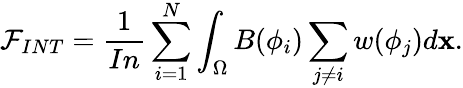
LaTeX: \mathcal{F}_{INT}=\frac{1}{In}\sum_{i=1}^{N}\int_{\Omega}B(\phi_{i})\sum_{j\neq i}w(\phi_{j})d\mathbf{x}.